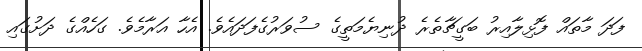
ފަދަ މާތައް ފޮޅިލާއިރު ބަގީޗާތެރެ ދުނިޔެމަތީގެ ސުވަރުގެފަދައެވެ. އެހާ އަރާމެވެ. ގަހެއްގެ ދަށުގައި